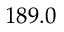
1 8 9 . 0